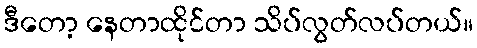
ဒီတော့ နေတာထိုင်တာ သိပ်လွတ်လပ်တယ်။